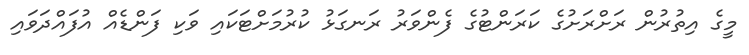
މީގެ އިތުރުން ރަށްރަށުގެ ކަރަންޓުގެ ފެންވަރު ރަނގަޅު ކުރުމަށްޓަކައި ވަކި ފަންޑެއް އުފައްދަވައި